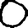
Digit: 0